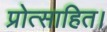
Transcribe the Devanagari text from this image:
प्रोत्साहित।